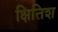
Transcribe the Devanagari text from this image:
क्षितिश